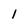
Character: 1